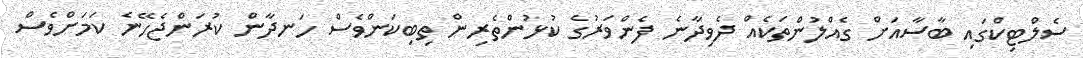
ސެލްޓިކްގައި ބާސާއަށް ގެއްލުންތަކެއް ދެވިދާނެ ފެންވަރުގެ ކުޅުންތެރިން ތިބިކަންވެސް ހަނދާން ކުރަންޖެހޭނެ ކަމަށްވެސް